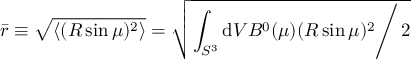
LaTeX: \bar { r } \equiv \sqrt { \langle ( R \sin \mu ) ^ { 2 } \rangle } = \sqrt { \left. \int _ { S ^ { 3 } } \mathrm { d } V B ^ { 0 } ( \mu ) ( R \sin \mu ) ^ { 2 } \right/ 2 }